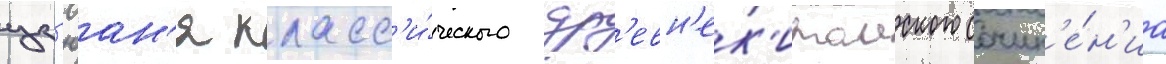
цз'юан'я класс'и́ческого др'евн'ек'итаиского сочин'е́н'иа